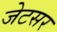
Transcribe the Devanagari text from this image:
जेटसर